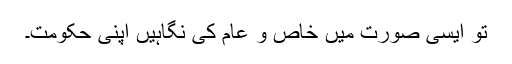
تو ایسی صورت میں خاص و عام کی نگاہیں اپنی حکومت۔